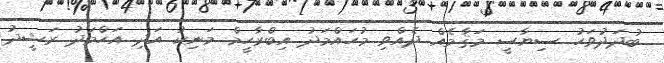
ބުދަދަުވަހު ސިޔާސީ މަޤާމެއް ދެއްވި މުހައްމަދު އިބްރާހީމް މަނިކު އަދި އަހްމަދު ރަޝީދު